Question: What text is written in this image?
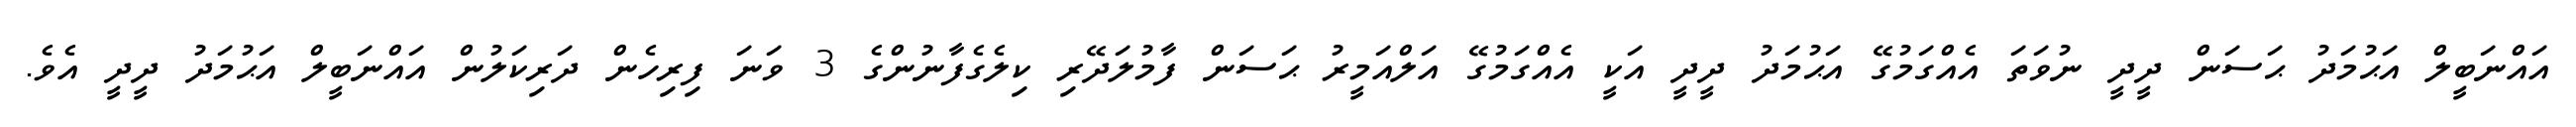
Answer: އައްނަބީލް އަޙުމަދު ޙަސަން ދީދީ ނުވަތަ އެއްގަމުގޭ އަޙުމަދު ދީދީ އަކީ އެއްގަމުގޭ އަލްއަމީރު ޙަސަން ފާމުލަދޭރި ކިލެގެފާނުންގެ 3 ވަނަ ފިރިހެން ދަރިކަލުން އައްނަބީލް އަޙުމަދު ދީދީ އެވެ.